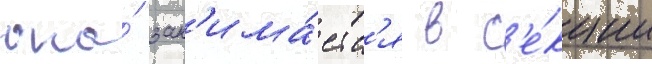
она́ зан'има́етс'я в с'е́кции